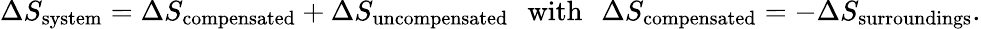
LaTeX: \Delta S_{\mathrm{system}}=\Delta S_{\mathrm{compensated}}+\Delta S_{\mathrm{uncompensated}}\, \, \, \, {\mathrm{with}}\, \, \, \, \Delta S_{\mathrm{compensated}}=-\Delta S_{\mathrm{surroundings}}.